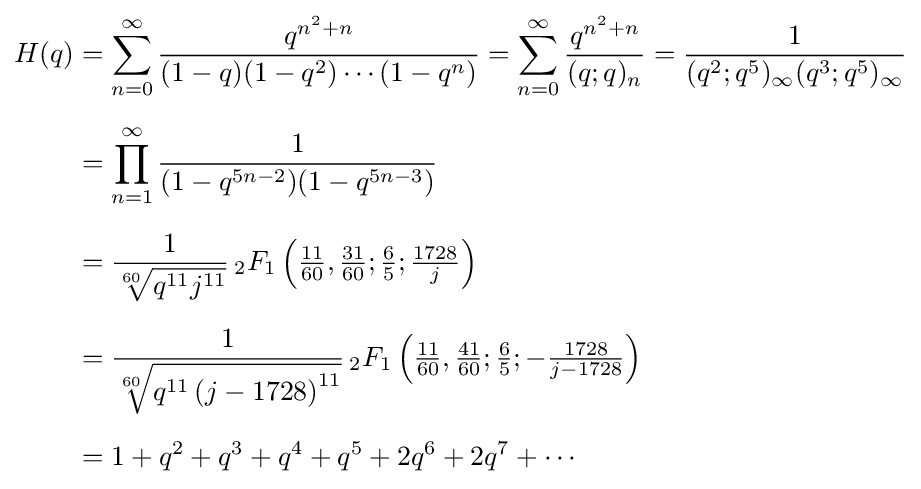
{\begin{aligned}H(q)&=\sum _{n=0}^{\infty }{\frac {q^{n^{2}+n}}{(1-q)(1-q^{2})\cdots (1-q^{n})}}=\sum _{n=0}^{\infty }{\frac {q^{n^{2}+n}}{(q;q)_{n}}}={\frac {1}{(q^{2};q^{5})_{\infty }(q^{3};q^{5})_{\infty }}}\\[6pt]&=\prod _{n=1}^{\infty }{\frac {1}{(1-q^{5n-2})(1-q^{5n-3})}}\\[6pt]&={\frac {1}{\sqrt[{60}]{q^{11}j^{11}}}}\,_{2}F_{1}\left({\tfrac {11}{60}},{\tfrac {31}{60}};{\tfrac {6}{5}};{\tfrac {1728}{j}}\right)\\[6pt]&={\frac {1}{\sqrt[{60}]{q^{11}\left(j-1728\right)^{11}}}}\,_{2}F_{1}\left({\tfrac {11}{60}},{\tfrac {41}{60}};{\tfrac {6}{5}};-{\tfrac {1728}{j-1728}}\right)\\[6pt]&=1+q^{2}+q^{3}+q^{4}+q^{5}+2q^{6}+2q^{7}+\cdots \end{aligned}}